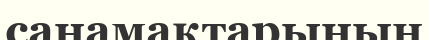
санамақтарының